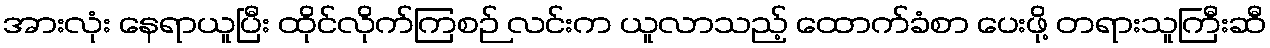
အားလုံး နေရာယူပြီး ထိုင်လိုက်ကြစဉ် လင်းက ယူလာသည့် ထောက်ခံစာ ပေးဖို့ တရားသူကြီးဆီ